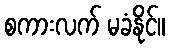
စကားလက် မခံနိုင်။